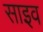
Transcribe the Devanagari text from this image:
साइव